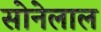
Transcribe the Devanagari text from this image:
सोनेलाल